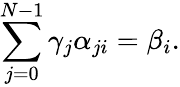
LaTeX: \sum_{j=0}^{N-1}\gamma_{j}\alpha_{ji}=\beta_{i}.